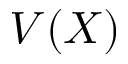
V ( X )